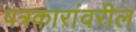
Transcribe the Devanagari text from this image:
पत्रकारांवरील